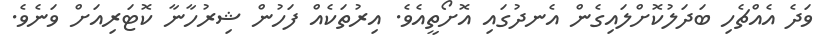
ވަދެ އެއްޗެހި ބަދަލުކޮށްލައިގެން އެނދުގައި އޮށޯތީއެވެ. އިރުތަކެއް ފަހުން ޝިރުހާނާ ކޮޓަރިއަށް ވަނެވެ.